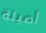
أصيلة